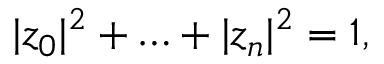
| z _ { 0 } | ^ { 2 } + \ldots + | z _ { n } | ^ { 2 } = 1 ,